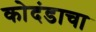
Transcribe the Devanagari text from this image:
कोदंडाचा